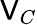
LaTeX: \mathsf{V}_{C}